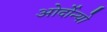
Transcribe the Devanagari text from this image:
ओर्दोन्यो